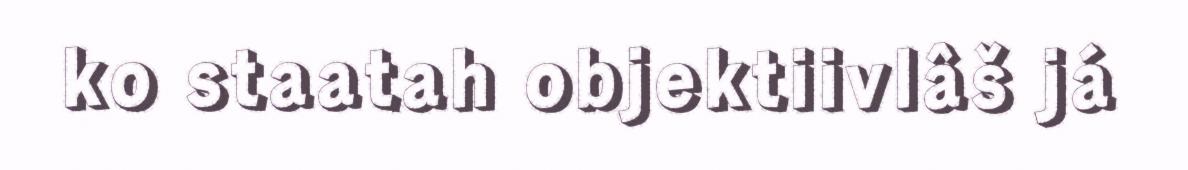
ko staatah objektiivlâš já